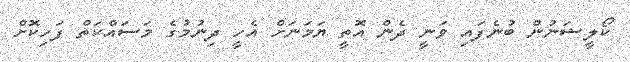
ކޯލީޝަނުން ބުނެފައި ވަނީ ދެން އޮތީ ޔަމަނަށް އެހީ ދިނުމުގެ މަސައްކަތް ފަހިކޮށް